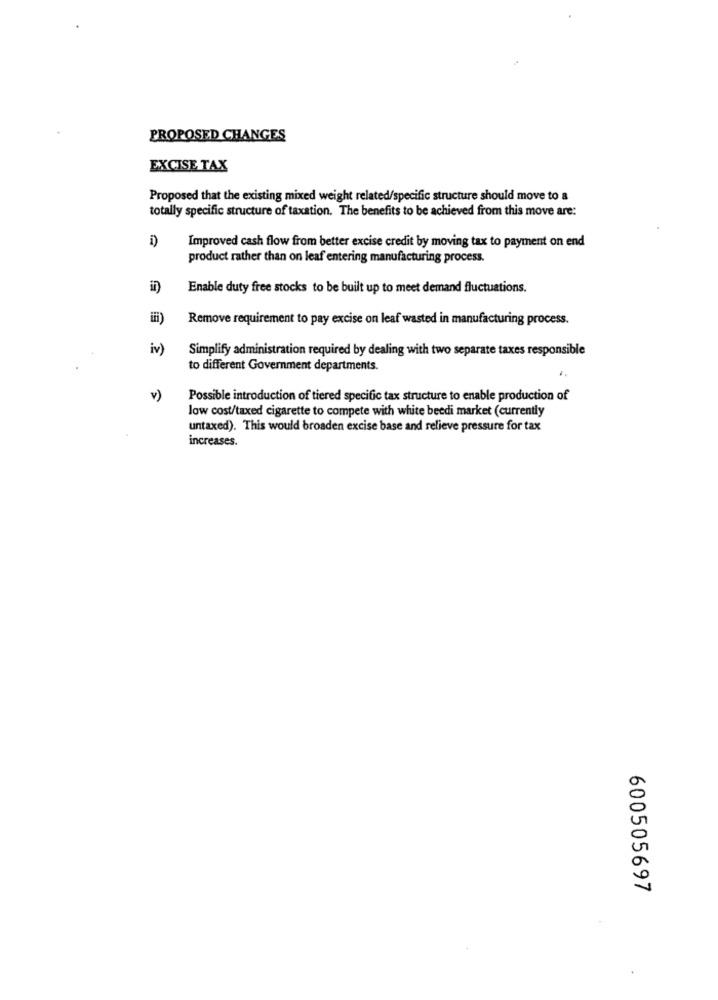
PROPOSED CHANGES
EXCISE TAX
Proposed that the existing mixed weight related/specific structure should move to a
totally specific structure of taxation. The benefits to be achieved from this move are:
i)
Improved cash flow from better excise credit by moving tax to payment on end
product rather than on leaf entering manufacturing process.
Enable duty free stocks to be built up to meet demand fluctuations.
ifi)
Remove requirement to pay excise on leaf wasted in manufacturing process.
iv)
Simplify administration required by dealing with two separate taxes responsible
to different Government departments.
v)
Possible introduction of tiered specific tax structure to enable production of
low cost/taxed cigarette to compete with white beedi market (currently
untaxed). This would broaden excise base and relieve pressure for tax
increases.
600505697